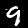
Label: 9